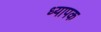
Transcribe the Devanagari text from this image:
ध्यापक